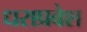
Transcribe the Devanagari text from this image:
धराप्रवेश